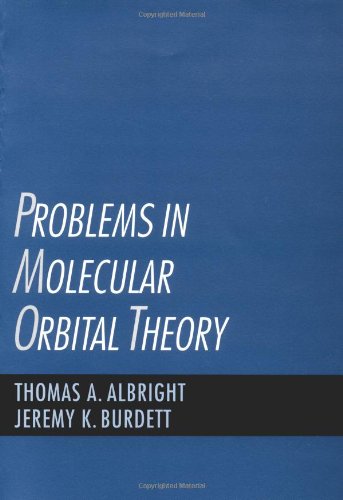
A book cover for Problems in Molecular Orbital Theory; Thomas A. Albright; Science & Math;